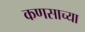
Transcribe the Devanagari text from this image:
कणसाच्या